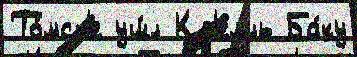
То́мск'е уш́л Кр'емль Ба́ку